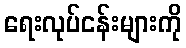
ရေးလုပ်ငန်းများကို